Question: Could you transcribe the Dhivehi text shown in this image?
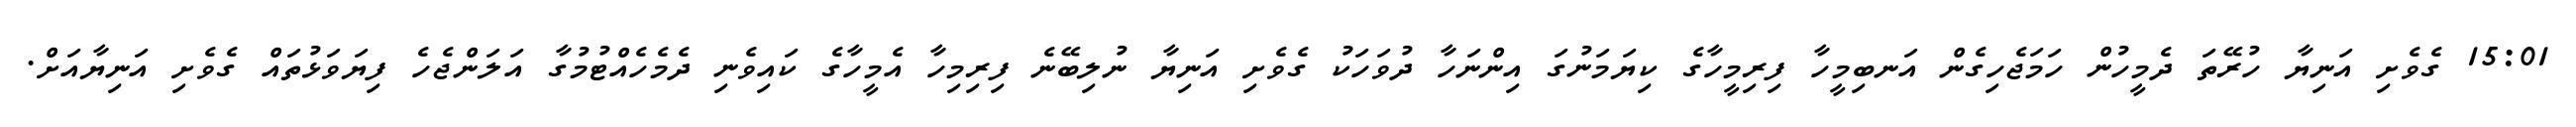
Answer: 15:01 ގެވެށި އަނިޔާ ހުރޭތަ ދެމީހުން ހަމަޖެހިގެން އަނބިމީހާ ފިރިމީހާގެ ކިޔަމަނުގަ އިންނަހާ ދުވަހަކު ގެވެށި އަނިޔާ ނުލިބޭނެ ފިރިމިހާ އެމީހާގެ ކައިވެނި ދެމެހެއްޓުމުގާ އަލަންޖެހެ ފިޔަވަޅުތައް ގެވެށި އަނިޔާއަށް.